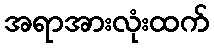
အရာအားလုံးထက်